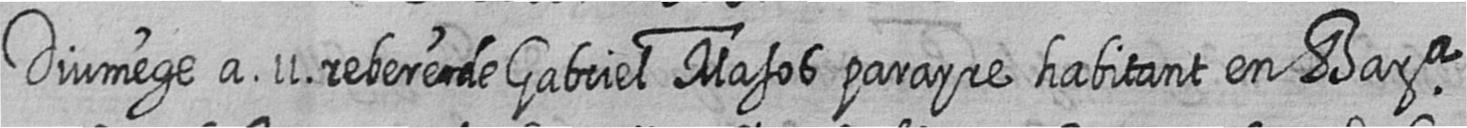
Diumege a 11 rebere de Gabriel Masos parayre habitant en Bara